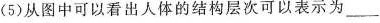
(5)从图中可以看出人体的结构层次可以表示为___